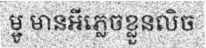
ម្ជូ មានអីភ្លេចខ្លួនលិច